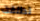
تطلقت